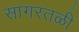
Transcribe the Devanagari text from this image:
सागरतळी